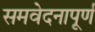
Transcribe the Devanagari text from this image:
समवेदनापूर्ण